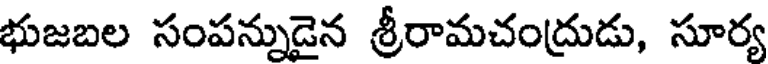
భుజబల సంపన్నుడైన శ్రీరామచంద్రుడు, సూర్య